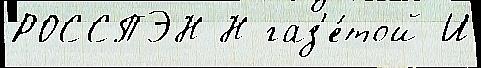
РОССПЭН Н газ'е́той И